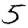
Digit: 5